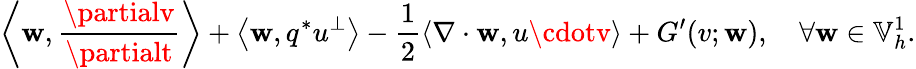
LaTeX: \left\langle\mathbf{w},\frac{{\partialv}}{{\partialt}}\right\rangle+\left\langle\mathbf{w},q^{*}u^{\perp}\right\rangle-\frac{{1}}{{2}}\left\langle\nabla\cdot\mathbf{w},u\cdotv\right\rangle+G^{\prime}(v;\mathbf{w}),\quad\forall\mathbf{w}\in\mathbb{{V}}_{h}^{1}.